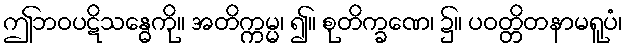
ဤဘဝပဋိသန္ဓေကို။ အတိက္ကမ္မ၊ ၍။ စုတိက္ခဏေ၊ ၌။ ပဝတ္တိတနာမရူပံ၊